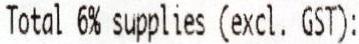
TOTAL 6% SUPPLIES (EXCL. GST):